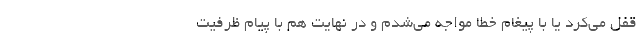
قفل می‌کرد یا با پیغام خطا مواجه می‌شدم و در نهایت هم با پیام ظرفیت